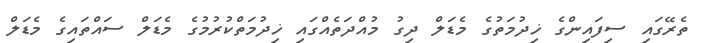
ތެރޭގައި ސިފައިންގެ ޚިދުމަތުގެ މެޑަލް ދިގު މުއްދަތެއްގައި ޚިދުމަތްކުރުމުގެ މެޑަލް ސައްތައިގެ މެޑަލް